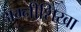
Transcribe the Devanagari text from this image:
अग्नीशिखा